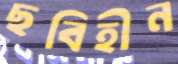
ছবিহীন